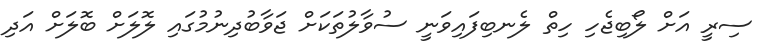
ސިރީ އަށް ލޯބިޖެހި ހިތް ލެނބިފައިވަނީ ސުވާލުތަކަށް ޖަވާބުދިނުމުގައި ލޮލަށް ބޮލަށް އަދި